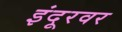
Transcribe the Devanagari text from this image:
इंदूरवर